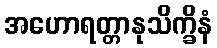
အဟောရတ္တာနုသိက္ခိနံ